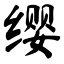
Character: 缨